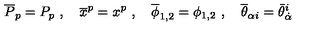
\overline { P } _ { p } = P _ { p } \ , \quad \overline { x } ^ { p } = x ^ { p } \ , \quad \overline { \phi } _ { 1 , 2 } = \phi _ { 1 , 2 } \ , \quad \overline { \theta } _ { \alpha i } = \bar { \theta } _ { \dot { \alpha } } ^ { i }